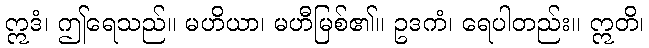
ဣဒံ၊ ဤရေသည်။ မဟိယာ၊ မဟီမြစ်၏။ ဥဒကံ၊ ရေပါတည်း။ ဣတိ၊